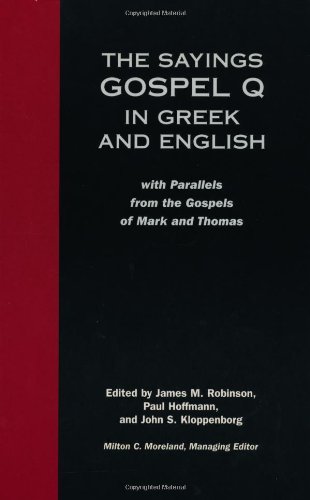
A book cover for Sayings Gospel Q Greek English; James McConkey Robinson; Christian Books & Bibles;